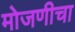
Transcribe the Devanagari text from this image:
मोजणीचा